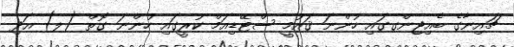
ޗައިނާގެ ބެއިޖިންގގައި ހުންނަ ޤައުމީ ސްޓޭޑިއަމް ކުރީގައި ހުންނަ ގޮތް (ލ) އަދި